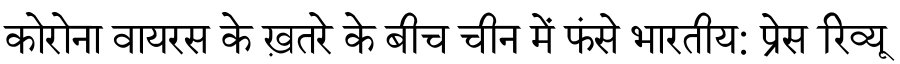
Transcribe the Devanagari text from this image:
कोरोना वायरस के ख़तरे के बीच चीन में फंसे भारतीय: प्रेस रिव्यू